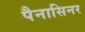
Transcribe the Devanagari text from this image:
पैनासिनर